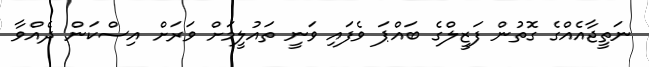
ނަތީޖާއެއްގެ ގޮތުން ފަޒީލްގެ ބައްޕަ ވެފައި ވަނީ ތައުލީމަށް ވަރަށް އިސްކަން ދެއްވާ